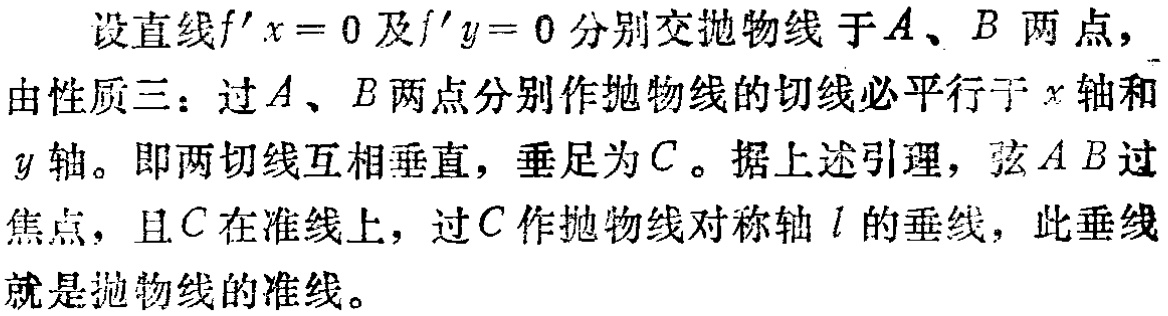
设直线\(f^{\prime}x = 0\)及\(f^{\prime}y = 0\)分别交抛物线于\(A\)、\(B\)两点，
由性质三：过\(A\)、\(B\)两点分别作抛物线的切线必平行于\(x\)轴和\(y\)轴。即两切线互相垂直，垂足为\(C\)。据上述引理，弦\(AB\)过焦点，且\(C\)在准线上，过\(C\)作抛物线对称轴\(l\)的垂线，此垂线就是抛物线的准线。